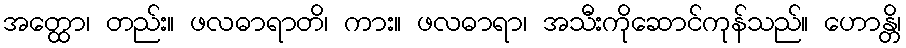
အတ္ထော၊ တည်း။ ဖလဓာရာတိ၊ ကား။ ဖလဓာရာ၊ အသီးကိုဆောင်ကုန်သည်။ ဟောန္တိ၊